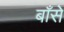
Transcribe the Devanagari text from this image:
बाँसे